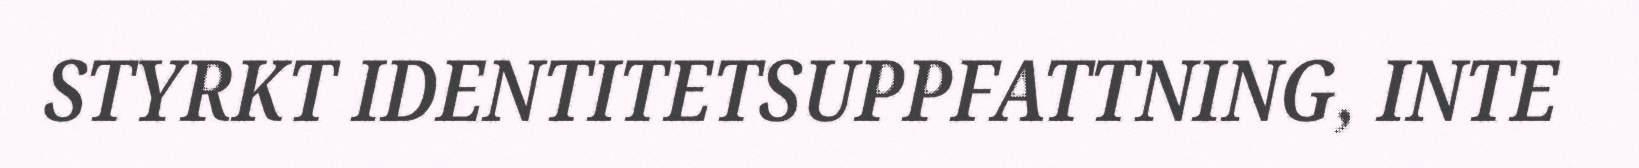
STYRKT IDENTITETSUPPFATTNING, INTE